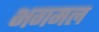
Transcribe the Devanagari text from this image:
भगमल